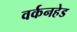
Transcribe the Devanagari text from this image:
वर्कनहेड